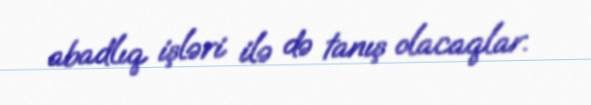
abadlıq işləri ilə də tanış olacaqlar.